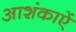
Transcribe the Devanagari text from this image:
आशंकाऐं